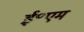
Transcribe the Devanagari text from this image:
ई॰एम